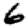
Digit: 6